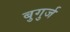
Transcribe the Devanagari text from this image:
बुगुर्ज